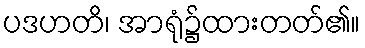
ပဒဟတိ၊ အာရုံ၌ထားတတ်၏။